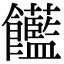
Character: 𩟺